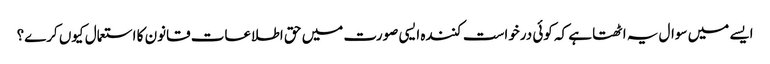
ایسے میں سوال یہ اٹھتا ہے کہ کوئی درخواست کنندہ ایسی صورت میں حق اطلاعات قانون کا استعمال کیوں کرے؟